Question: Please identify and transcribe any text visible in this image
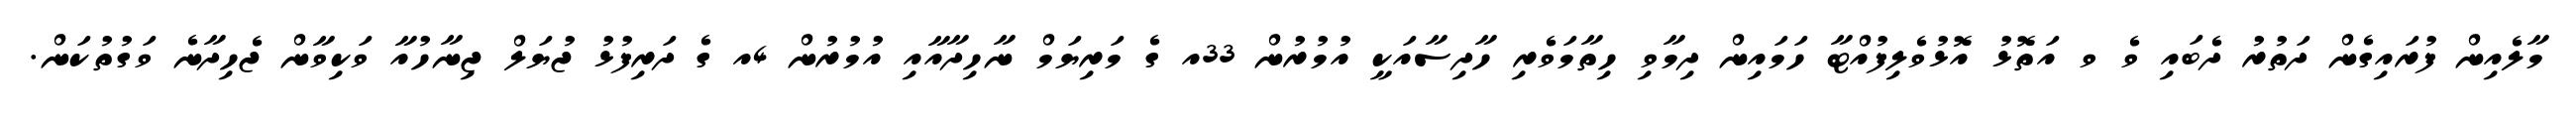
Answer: މާލެއިން ފުރައިގެން ދަތުރު ދެބައި ވެ ވ އަތޮޅު އޮޅުވެލިފުއްޓާ ހަމައިން ދިމާވި ހިތާމަވެރި ހާދިސާއަކީ އުމުރުން 33އ ގެ މަރިޔަމް ނާހިދާއާއި އުމުރުން 4އ ގެ ދަރިފުޅު ޖުޔަލް ޖިނާހުއާ ވަކިވާން ޖެހިދާނެ ވަގުތުކަން.